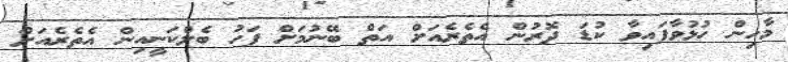
މާހިން ހުޅުވާފައިވާ ކުޑަ ދޮރުން އެތެރެއަށް އަތް ބޭނުމަށް ފަހު ބެލްކަނީއިން އެތެރެއަށް